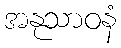
အနုသာဝနံ